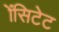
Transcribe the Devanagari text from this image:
ॲसिटेट